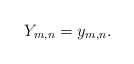
\begin{align*}Y_{m,n}=y_{m,n}.\end{align*}